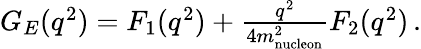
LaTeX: \begin{array}{r}{G_{E}(q^{2})=F_{1}(q^{2})+\frac{q^{2}}{4m_{\mathrm{nucleon}}^{2}}F_{2}(q^{2})\, .}\end{array}